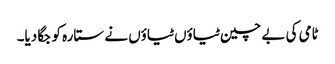
ٹامی کی بے چین ٹیاؤں ٹیاؤں نے ستارہ کو جگا دیا۔